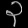
Digit: ၃